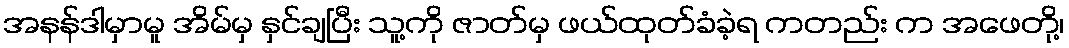
အနန်ဒါမှာမူ အိမ်မှ နှင်ချပြီး သူ့ကို ဇာတ်မှ ဖယ်ထုတ်ခံခဲ့ရ ကတည်း က အဖေတို့၊